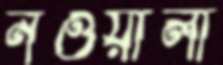
নওয়ালা